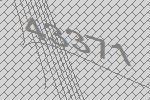
43371